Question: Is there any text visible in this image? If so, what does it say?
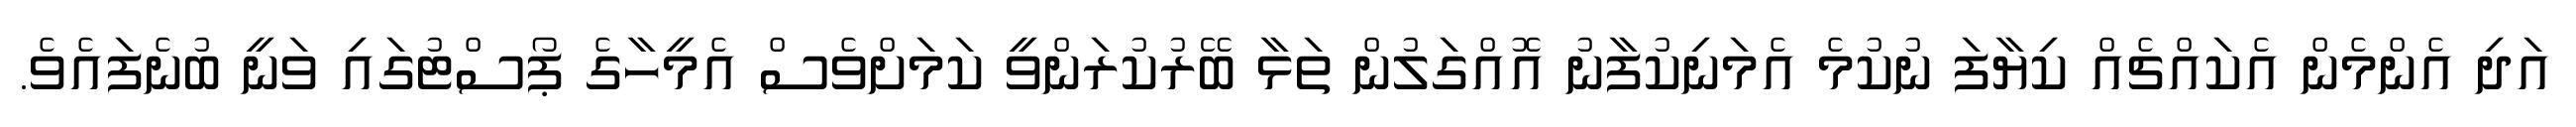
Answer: އަދި އެންމެން އެކައްޗެއް ކިޔާފަ ނުކުމެ އެމަނިކުފާނު އޮއްގަލުން ތަޅާ ބޭރުކުރަންވީ ކަމަށްވެސް އެމީހާގެ ޕޯސްޓުގައި ވަނީ ބުނެފައެވެ.